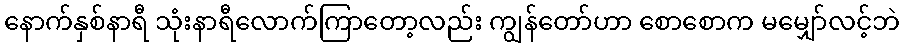
နောက်နှစ်နာရီ သုံးနာရီလောက်ကြာတော့လည်း ကျွန်တော်ဟာ စောစောက မမျှော်လင့်ဘဲ